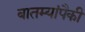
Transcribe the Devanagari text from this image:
बातम्यांपैकी